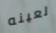
لعينه